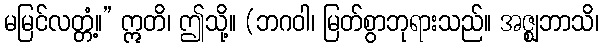
မမြင်လတ္တံ့။” ဣတိ၊ ဤသို့။ (ဘဂဝါ၊ မြတ်စွာဘုရားသည်။ အဇ္ဈဘာသိ၊